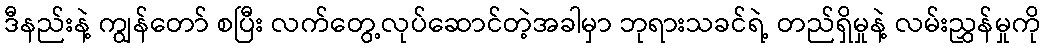
ဒီနည်းနဲ့ ကျွန်တော် စပြီး လက်တွေ့လုပ်ဆောင်တဲ့အခါမှာ ဘုရားသခင်ရဲ့ တည်ရှိမှုနဲ့ လမ်းညွှန်မှုကို